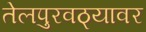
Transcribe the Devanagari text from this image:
तेलपुरवठ्यावर